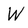
Character: W